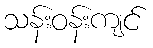
သန်းဝန်းကျင်